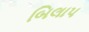
બિલાપ